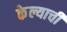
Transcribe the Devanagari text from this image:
केेल्याची